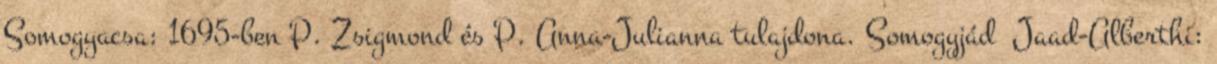
Somogyacsa: 1695-ben P. Zsigmond és P. Anna-Julianna tulajdona. Somogyjád Jaad-Alberthi: